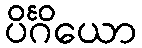
ပိင်္ဂိယော